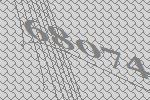
68074